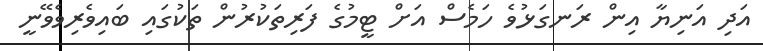
އަދި އަނިޔާ އިން ރަނގަޅުވެ ހަމެސް އަށް ޓީމުގެ ފަރިތަކުރުން ތަކުގައި ބައިވެރިވެވޭނީ